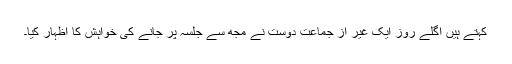
کہتے ہیں اگلے روز ایک غیر از جماعت دوست نے مجھ سے جلسہ پر جانے کی خواہش کا اظہار کیا۔